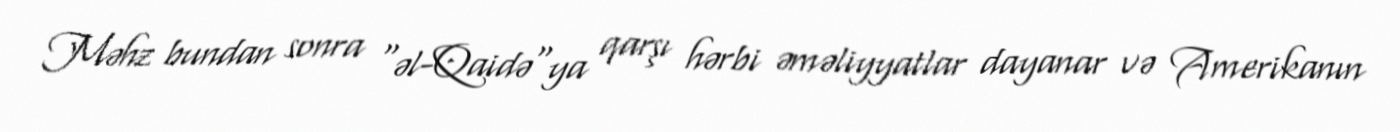
Məhz bundan sonra “əl-Qaidə“ya qarşı hərbi əməliyyatlar dayanar və Amerikanın